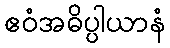
ဧဝံအဓိပ္ပါယာနံ